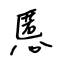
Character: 慝